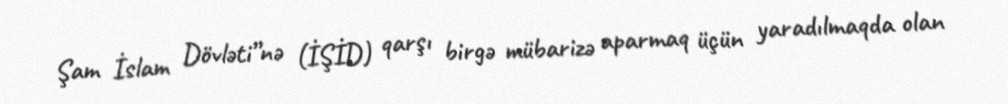
Şam İslam Dövləti”nə (İŞİD) qarşı birgə mübarizə aparmaq üçün yaradılmaqda olan